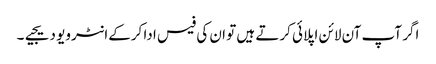
اگر آپ آن لائن اپلائی کرتے ہیں تو ان کی فیس ادا کرکےانٹرویو دیجیے۔